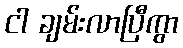
ငါ ချမ်းလာပြီကွာ